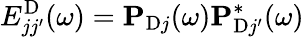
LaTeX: E_{jj^{\prime}}^{\mathrm{D}}(\omega)=\mathbf{P}_{\mathrm{D}j}(\omega)\mathbf{P}_{\mathrm{D}j^{\prime}}^{*}(\omega)